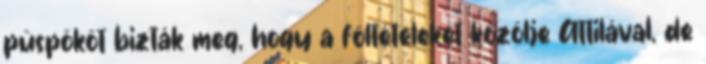
püspököt bizták meg, hogy a föltételeket közölje Attilával, de